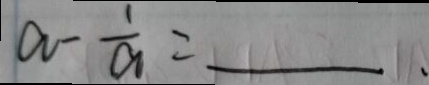
a - \frac { 1 } { a } = .